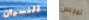
النسيان لمجلس